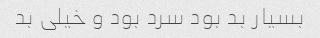
بسیار بد بود سرد بود و خیلی بد